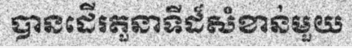
បានដើរតួនាទីដ៏សំខាន់មួយ